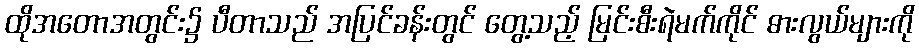
ထိုအတောအတွင်း၌ ပီတာသည် အပြင်ခန်းတွင် တွေ့သည့် မြင်းစီးရဲမက်ကိုင် ဓားလွယ်များကို